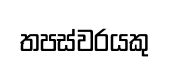
තපස්වරයකු